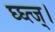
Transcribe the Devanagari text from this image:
घ्घ्त्ज्।